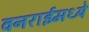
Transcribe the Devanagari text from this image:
वनराईमध्ये